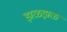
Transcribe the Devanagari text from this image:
झळझळ